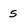
Character: 5